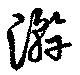
澣